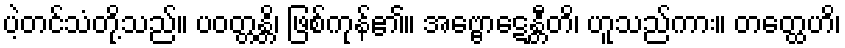
ပဲ့တင်သံတို့သည်။ ပဝတ္တန္တိ၊ ဖြစ်ကုန်၏။ အဗ္ဗောဋေန္တီတိ၊ ဟူသည်ကား။ တတ္ထေဟိ၊